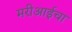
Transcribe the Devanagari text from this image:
मरीआईचा